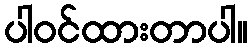
ပါဝင်ထားတာပါ။